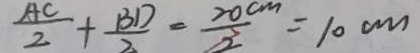
\frac { A C } { 2 } + \frac { B D } { 2 } = \frac { 2 0 c m } { 2 } = 1 0 c m